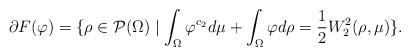
LaTeX: \begin{align*}\partial F(\varphi) = \{ \rho \in \mathcal{P}(\Omega) \mid \int_\Omega \varphi^{c_2} d\mu + \int_\Omega \varphi d\rho = \frac{1}{2}W_2^2(\rho,\mu)\}. \end{align*}